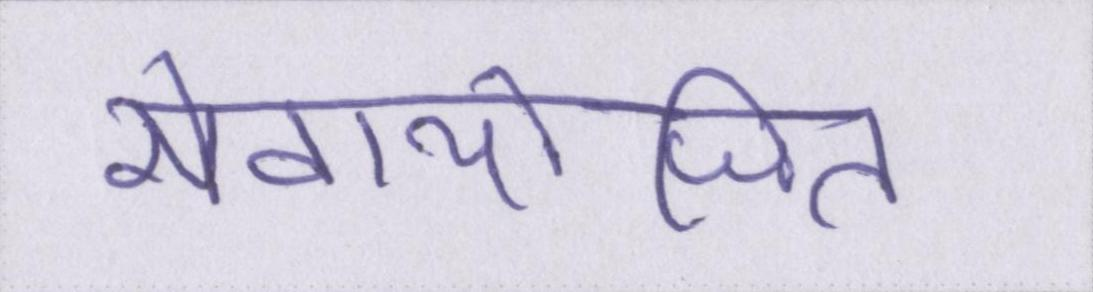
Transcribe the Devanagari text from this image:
सेवायोजित